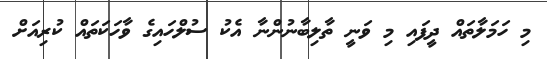
މި ހަމަލާތައް ދީފައި މި ވަނީ ތާލިބާނުންނާ އެކު ސުލްހައިގެ ވާހަކަތައް ކުރިއަށް